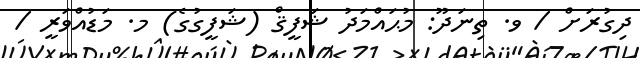
ދިގުރަށް / ވ. ތިނަދޫ: މުޙައްމަދު ޝަފީޤް (ޝަފީގުގެ) މ. މަޑުއްވަރީ /